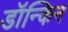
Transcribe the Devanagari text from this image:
डॉन्किन